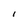
Character: l